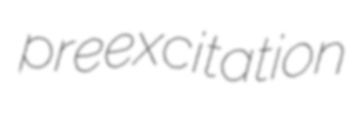
preexcitation